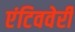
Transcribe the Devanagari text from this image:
एंटिववेरी